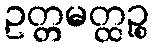
ဥတ္တမတ္ထဉ္စ